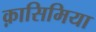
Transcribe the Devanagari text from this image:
क़ासिमिया